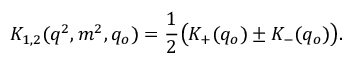
K _ { 1 , 2 } ( q ^ { 2 } , m ^ { 2 } , q _ { o } ) = { \frac { 1 } { 2 } } \big ( K _ { + } ( q _ { o } ) \pm K _ { - } ( q _ { o } ) \big ) .